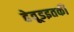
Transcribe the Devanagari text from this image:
हेवूडइतकी